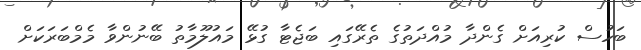
ބަހުސް ކުރިއަށް ގެންދާ މުއްދަތުގެ ތެރޭގައި ބަޖެޓާ ގުޅޭ މައުލޫމާތު ބޭނުންވާ މެމްބަރަކަށް